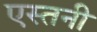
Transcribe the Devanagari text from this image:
एस्तनी